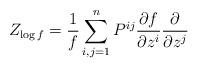
LaTeX: \begin{align*}Z_{\log f}=\frac{1}{f}\sum_{i,j=1}^nP^{ij}\frac{\partial f}{\partial z^i}\frac{\partial}{\partial z^j}\end{align*}